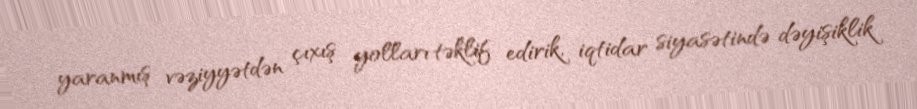
yaranmış vəziyyətdən çıxış yolları təklif edirik, iqtidar siyasətində dəyişiklik